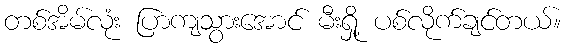
တစ်အိမ်လုံး ပြာကျသွားအောင် မီးရှို့ ပစ်လိုက်ချင်တယ်။